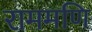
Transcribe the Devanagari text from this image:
राममणि